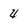
Character: 4